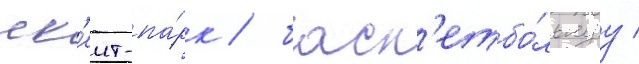
ск'еит-па́рк / баск'етбо́льнуу /